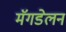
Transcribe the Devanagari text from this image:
मॅगडेलन